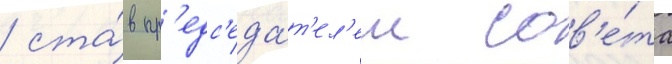
/ ста́в пр'едс'еда́т'ел'ем сов'е́та